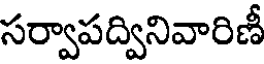
సర్వాపద్వినివారిణీ